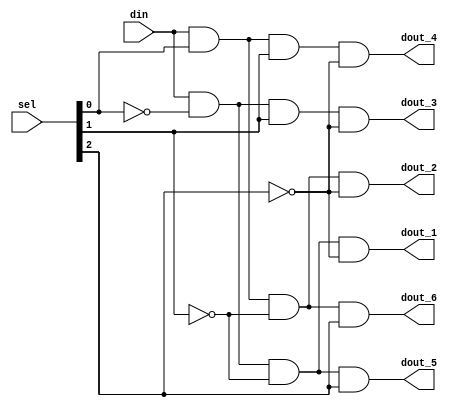
`timescale 1ns / 1ps



module 
 demux_1_to_6 
(
	input  din,
	input  [2:0] sel,
	output dout_1,
	output dout_2,
	output dout_3,
	output dout_4,
	output dout_5,
	output dout_6
);

	assign dout_1	= din & ( ~sel[0] ) & ( ~sel[1] ) & ( ~sel[2] );
	assign dout_2	= din & (  sel[0] ) & ( ~sel[1] ) & ( ~sel[2] );
	assign dout_3	= din & ( ~sel[0] ) & (  sel[1] ) & ( ~sel[2] );
	assign dout_4	= din & (  sel[0] ) & (  sel[1] ) & ( ~sel[2] );
	assign dout_5	= din & ( ~sel[0] ) & ( ~sel[1] ) & (  sel[2] );
	assign dout_6	= din & (  sel[0] ) & ( ~sel[1] ) & (  sel[2] );
	
endmodule